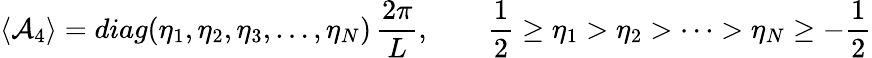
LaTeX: \langle{\cal A}_{4}\rangle=diag(\eta_{1},\eta_{2},\eta_{3},\dots,\eta_{N})\, \frac{2\pi}{L},\qquad\frac{1}{2}\ge\eta_{1}>\eta_{2}>\cdots>\eta_{N}\ge-\frac{1}{2}